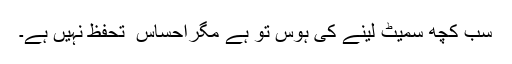
سب کچھ سمیٹ لینے کی ہوس تو ہے مگراحساس ِ تحفظ نہیں ہے۔